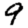
Digit: 9